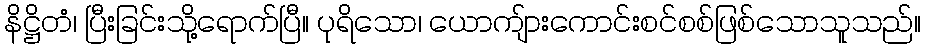
နိဋ္ဌိတံ၊ ပြီးခြင်းသို့ရောက်ပြီ။ ပုရိသော၊ ယောကျ်ားကောင်းစင်စစ်ဖြစ်သောသူသည်။